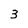
Character: 3